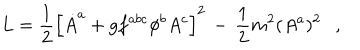
LaTeX: L = \frac { 1 } { 2 } \left[ \dot { A } ^ { a } + g f ^ { a b c } \phi ^ { b } A ^ { c } \right] ^ { 2 } \, - \, \frac { 1 } { 2 } m ^ { 2 } ( A ^ { a } ) ^ { 2 } \ \ \ ,